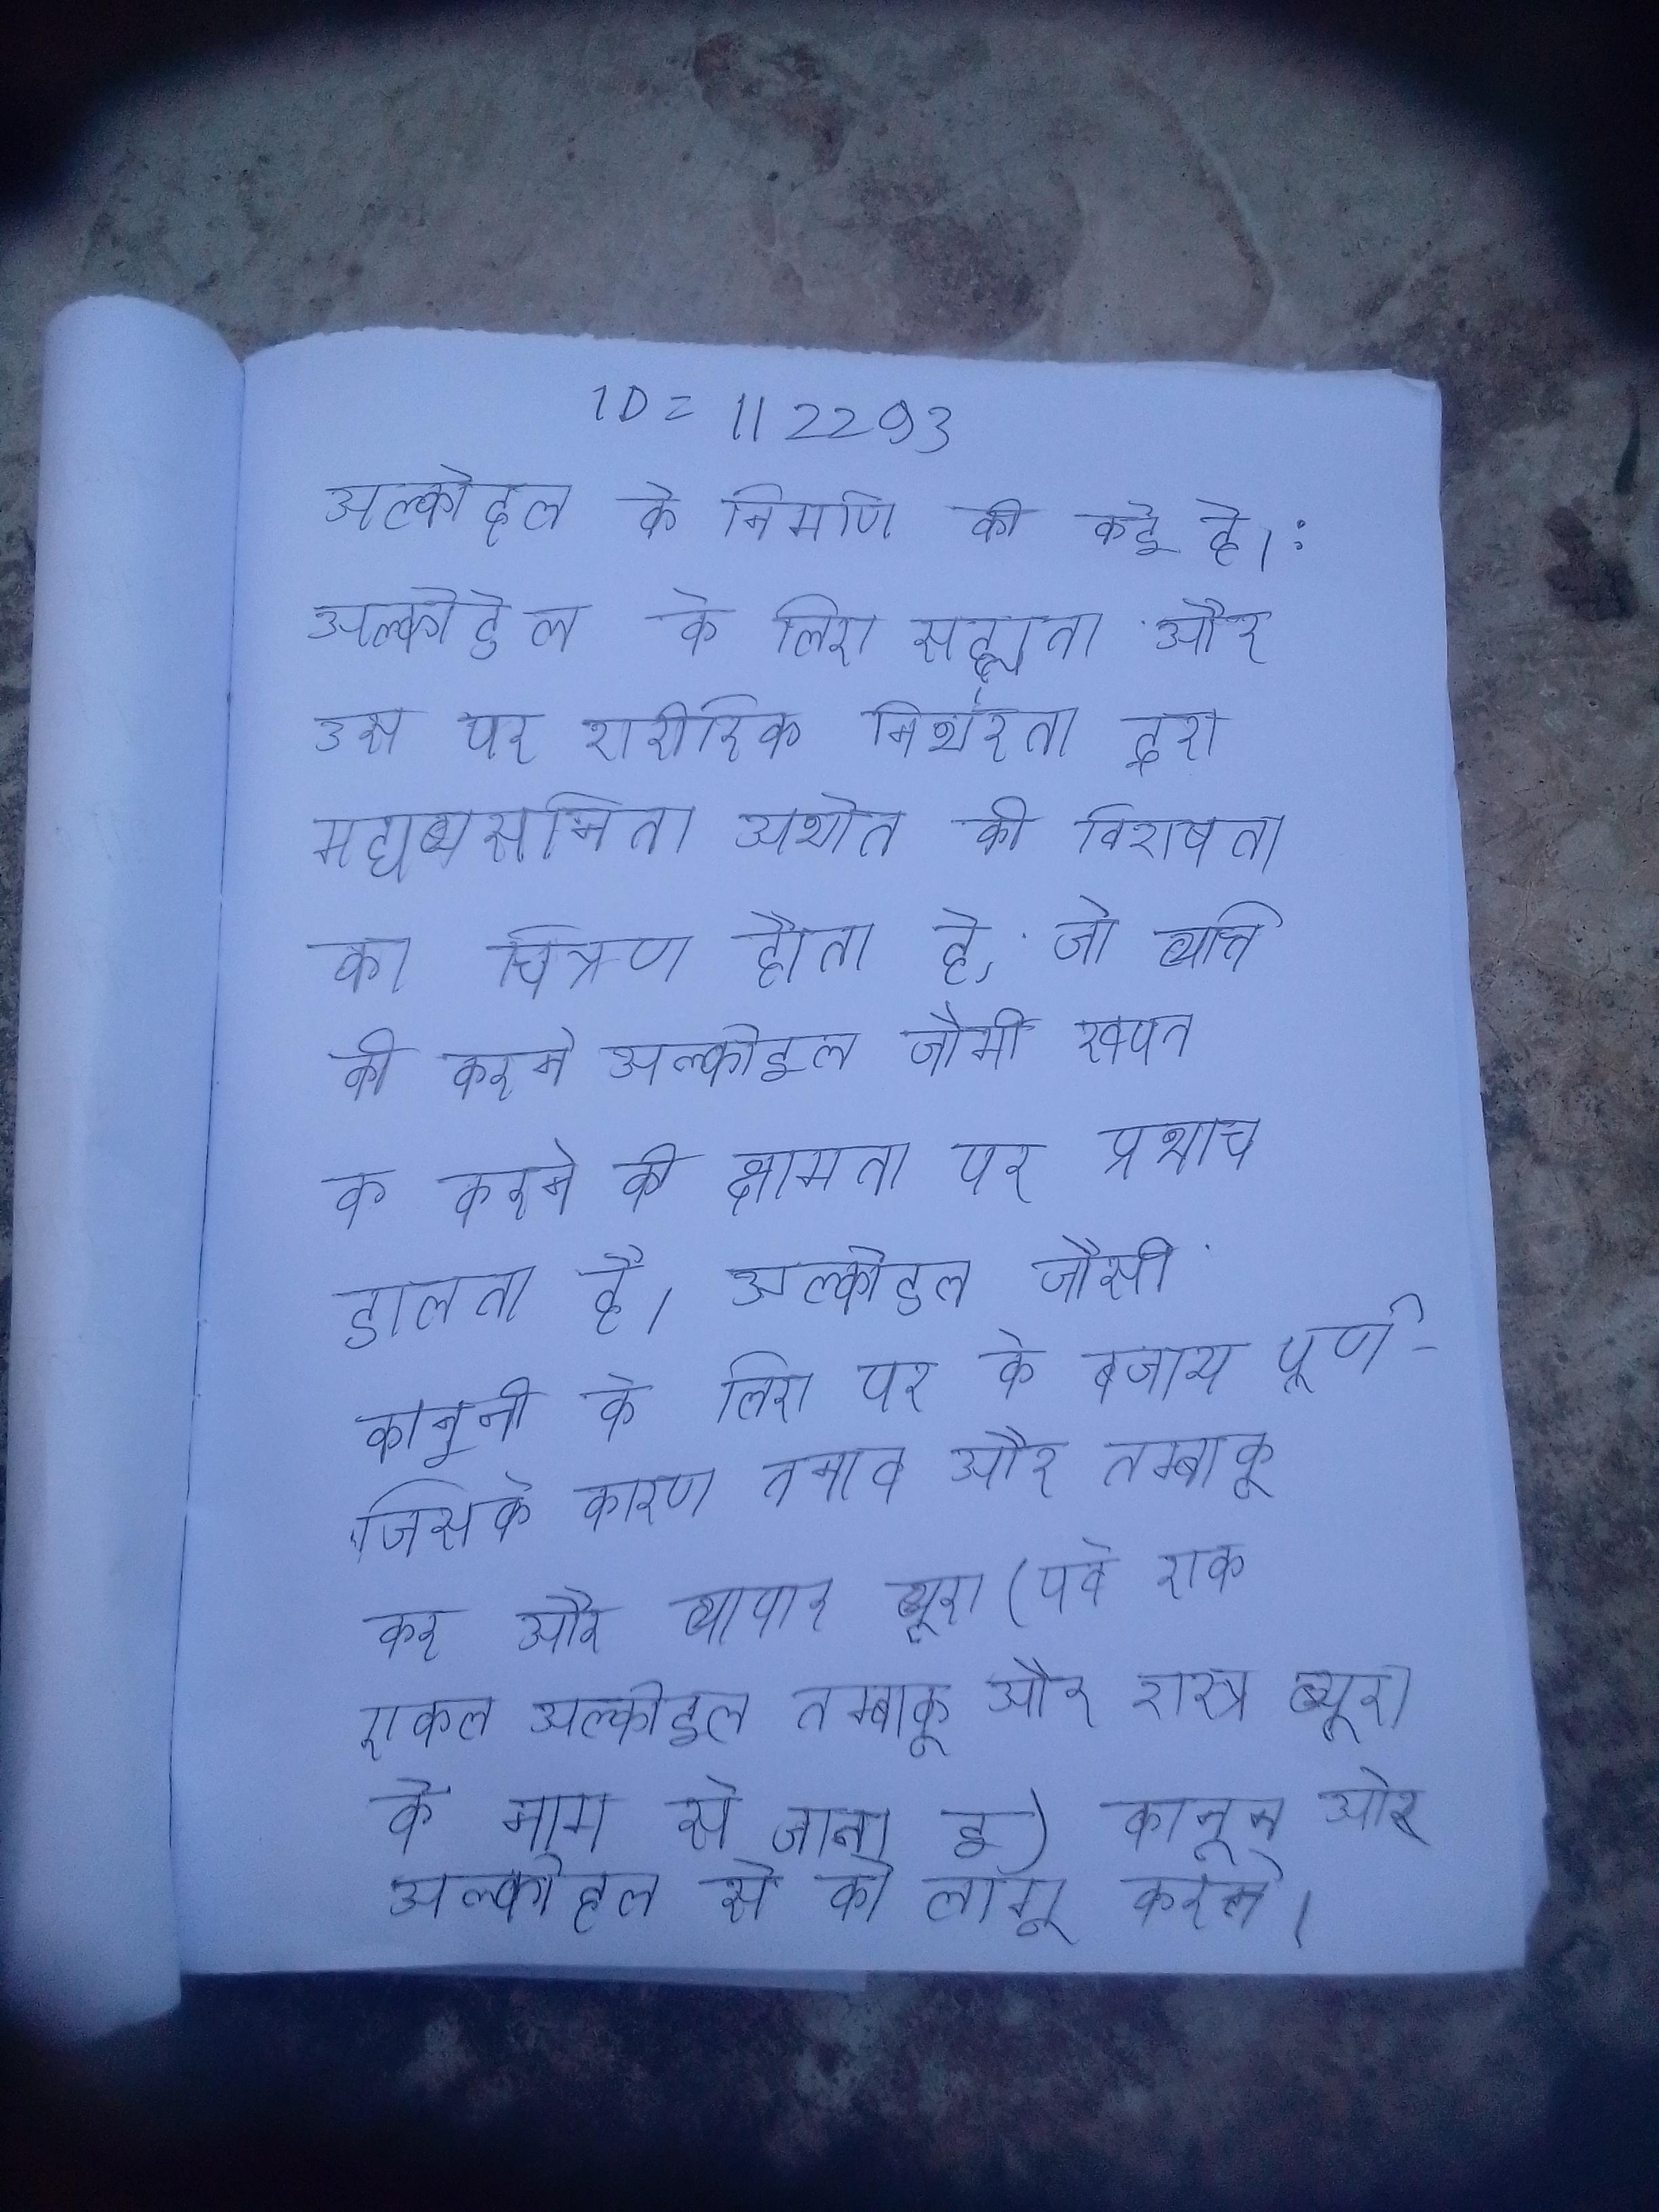
अल्कोहल के निर्माण की कई है: अल्कोहल के लिए सह्यता और उस पर शारीरिक निर्भरता द्वारा मद्यव्यसनिता अर्थात की विशेषता का चित्रण होता है, जो व्यक्ति की अल्कोहल खपत को करने की क्षमता पर प्रभाव डालता है । अल्कोहल जैसी कानूनी के लिए, पर के बजाय पूर्ण - जिसके कारण तनाव हो सकता है - पर भी जोर दिया जाता है ("एक बहुत अधिक है, और एक हजार कभी पर्याप्त होता है।" अल्कोहल, तम्बाकू, शस्त्र और विस्फोट ब्यूरो और अल्कोहल और तम्बाकू कर और व्यापार ब्यूरो (पूर्व एक एकल अल्कोहल, तम्बाकू और शस्त्र ब्यूरो के नाम से जाना जाता है) कानून और अल्कोहल से को लागू करते ।